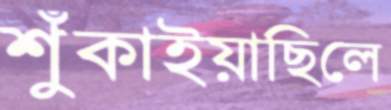
শুঁকাইয়াছিলে